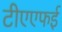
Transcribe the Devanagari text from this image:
टीएएफई